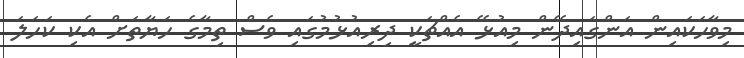
މިވާހަކައިން އަންގައިދޭން މިއުޅޭ އެއްޗަކީ ދިރިއުޅުމުގައި ވެސް ތިމާގެ ހަޔާތަށް އެކި ކަހަލަ